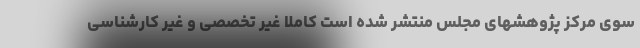
سوی مرکز پژوهشهای مجلس منتشر شده است کاملا غیر تخصصی و غیر کارشناسی